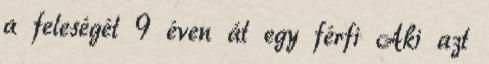
a feleségét 9 éven át egy férfi Aki azt